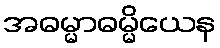
အဓမ္မာဓမ္မိယေန